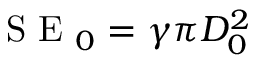
\mathrm { ~ S ~ E ~ } _ { 0 } = \gamma \pi D _ { 0 } ^ { 2 }